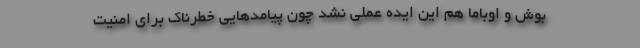
بوش و اوباما هم این ایده عملی نشد چون پیامدهایی خطرناک برای امنیت